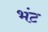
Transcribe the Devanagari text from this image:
भंट